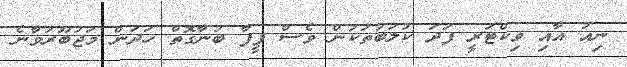
ނިއު އާއި ވިކްޓަރީ ފަދަ ކުލަބުތަކުން ވެސް ފީފާ ބުނާގޮތް ހަދަން މަޖުބޫރުވާނެ